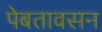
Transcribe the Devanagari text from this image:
पेबतावसन